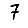
Digit: 7